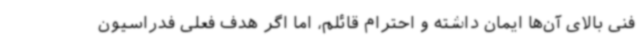
فنی بالای آن‌ها ایمان داشته و احترام قائلم، اما اگر هدف فعلی فدراسیون